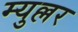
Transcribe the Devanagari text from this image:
म्युल्लर